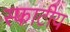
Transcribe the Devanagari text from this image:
स्फाटीय